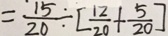
= \frac { 1 5 } { 2 0 } \div [ \frac { 1 2 } { 2 0 } + \frac { 5 } { 2 0 } ]